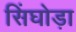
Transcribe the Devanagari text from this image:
सिंघोड़ा